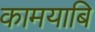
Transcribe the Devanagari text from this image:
कामयाबि